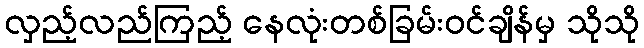
လှည့်လည်ကြည့် နေလုံးတစ်ခြမ်းဝင်ချိန်မှ သိုသို